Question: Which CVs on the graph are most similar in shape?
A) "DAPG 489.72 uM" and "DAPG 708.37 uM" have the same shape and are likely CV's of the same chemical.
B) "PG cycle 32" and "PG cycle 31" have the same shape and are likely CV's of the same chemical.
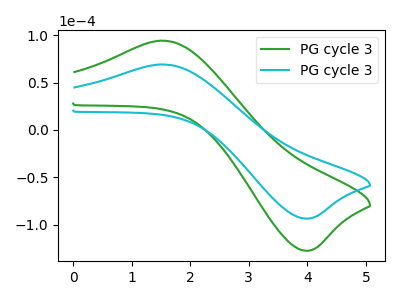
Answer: <think>The green curve "PG cycle 31" has an anodic peak at (1.50V, 94.35uA) and a cathodic peak at (3.95V, -127.60uA). The cyan curve "PG cycle 32" has an anodic peak at (1.50V, 69.25uA) and a cathodic peak at (3.95V, -93.60uA).
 All the peaks in "PG cycle 31" have a peak in "PG cycle 32" at the same potential. Every peak in "PG cycle 31" is higher than every peak in "PG cycle 32".</think>
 <answer>B) "PG cycle 32" and "PG cycle 31" have the same shape and are likely CV's of the same chemical.</answer>
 <eval>B</eval>